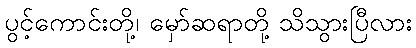
ပွင့်ကောင်းတို့၊ မှော်ဆရာတို့ သိသွားပြီလား